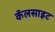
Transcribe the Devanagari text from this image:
कॅलसाइट